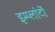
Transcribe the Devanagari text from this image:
इम्प्लांटों